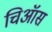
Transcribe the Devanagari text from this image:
चिऑस